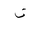
Letter: _non